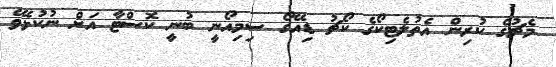
މެޗުގެ ކުރިން އެތުލެޓިކޯގެ ކޯޗު ޑިއޭގޯ ސިމިއޯނީ ބުނީ ކޮސްޓާ އަށް ނުކުޅެވޭ